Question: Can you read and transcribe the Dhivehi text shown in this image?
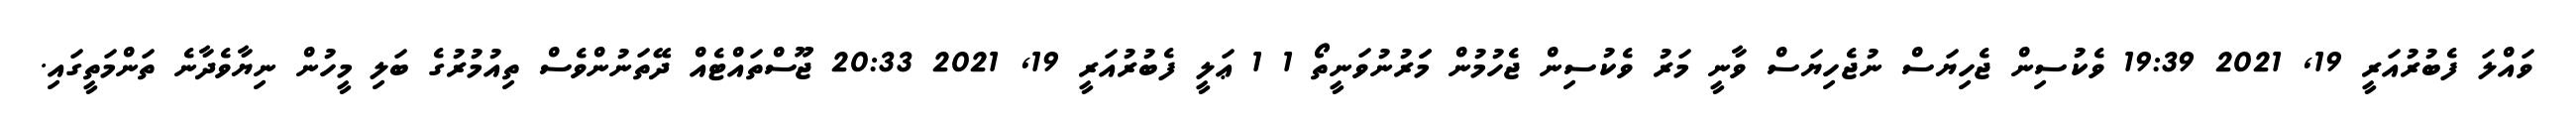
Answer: ވައްލަ ފެބުރުއަރީ 19, 2021 19:39 ވެކުސިން ޖެހިޔަސް ނުޖެހިޔަސް ވާނީ މަރު ވެކުސިން ޖެހުމުން މަަރުނުވަނީތޯ 1 1 ޢަލީ ފެބުރުއަރީ 19, 2021 20:33 ޖޫސްތައްޓެއް ދޭތަނުންވެސް ތިއުމުރުގެ ބަލި މީހުން ނިޔާވެދާނެ ތަންމަތީގައި.